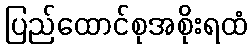
ပြည်ထောင်စုအစိုးရထံ